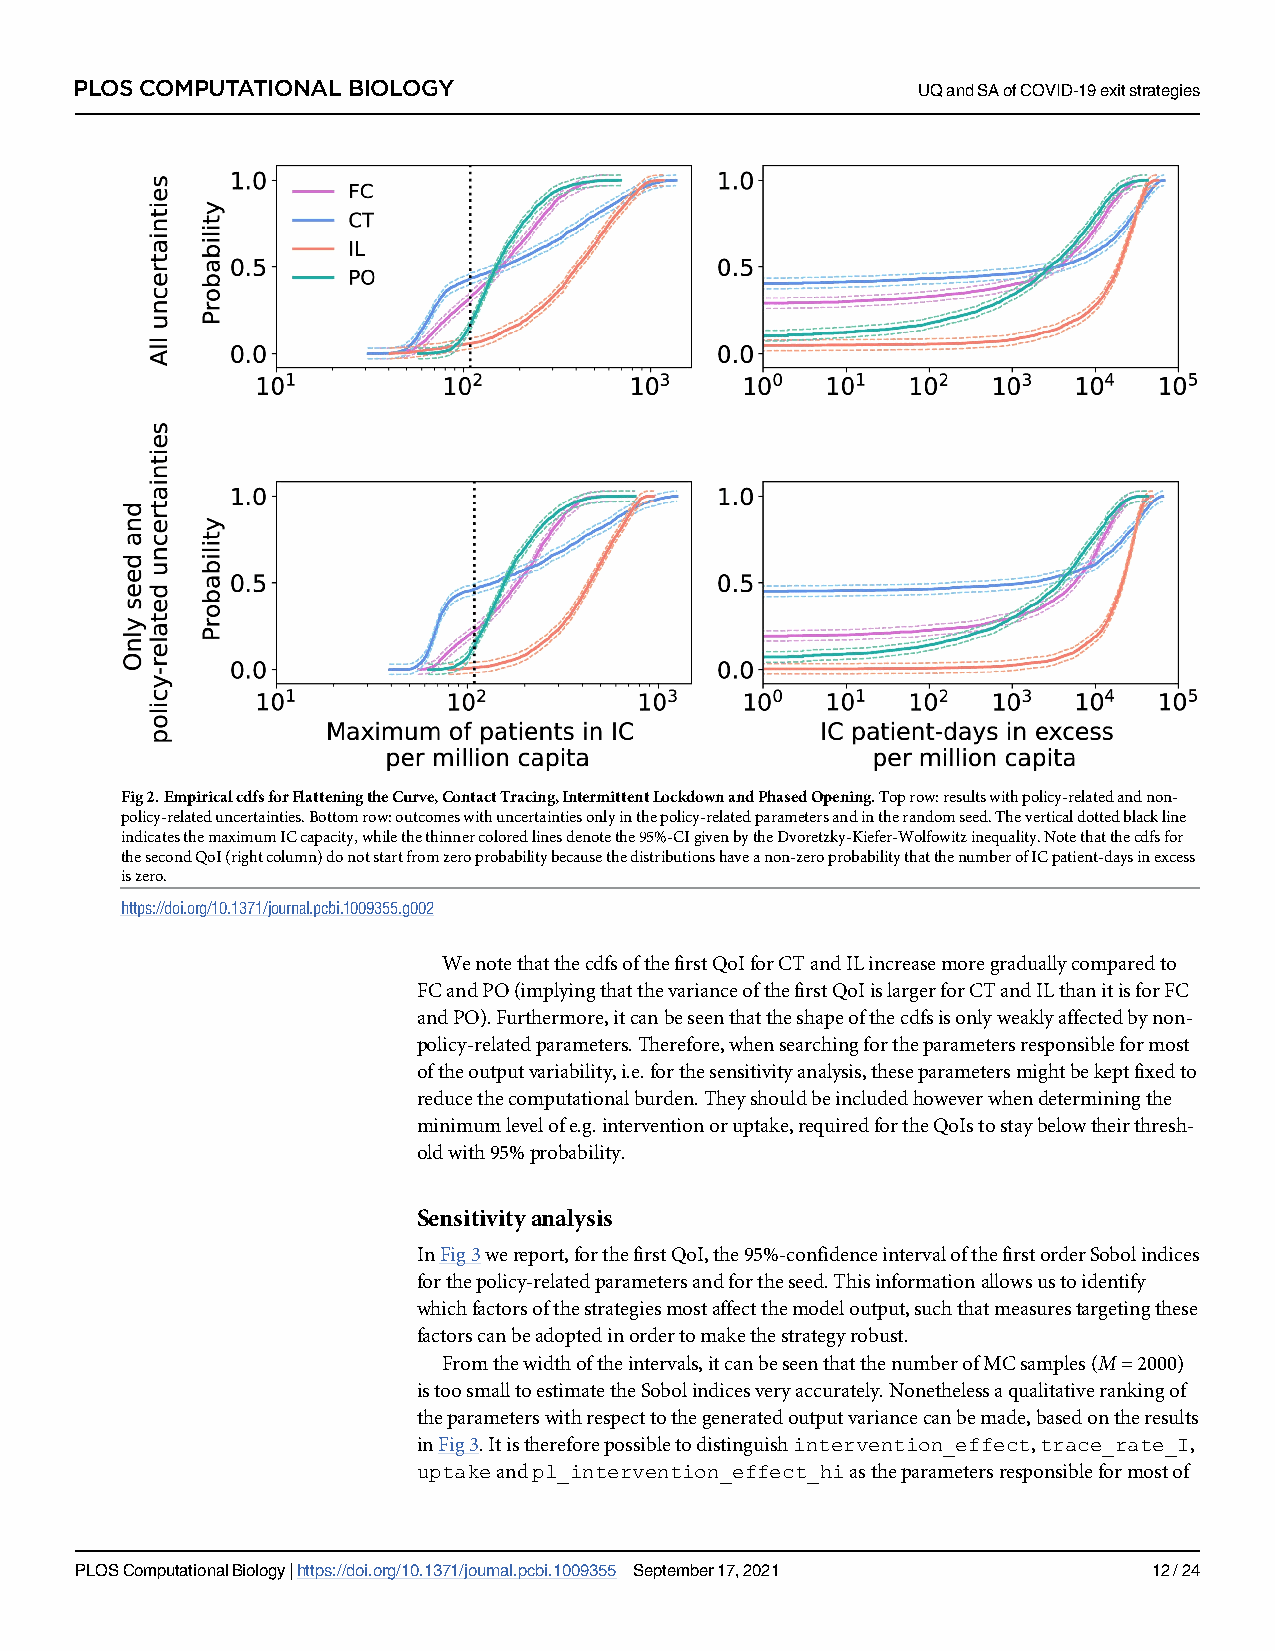
PLOS COMPUTATIONAL BIOLOGY                              UQandSAofCOVID-19exitstrategies
 Fig2.EmpiricalcdfsforFlatteningtheCurve,ContactTracing,IntermittentLockdownandPhasedOpening.Toprow:resultswithpolicy-relatedandnon-
 policy-relateduncertainties.Bottomrow:outcomeswithuncertaintiesonlyinthepolicy-relatedparametersandintherandomseed.Theverticaldottedblackline
 indicatesthemaximumICcapacity,whilethethinnercoloredlinesdenotethe95%-CIgivenbytheDvoretzky-Kiefer-Wolfowitzinequality.Notethatthecdfsfor
 thesecondQoI(rightcolumn)donotstartfromzeroprobabilitybecausethedistributionshaveanon-zeroprobabilitythatthenumberofICpatient-daysinexcess
 iszero.
 https://doi.org/10.1371/journal.pcbi.1009355.g002
 WenotethatthecdfsofthefirstQoIforCTandILincreasemoregraduallycomparedto
 FCandPO(implyingthatthevarianceofthefirstQoIislargerforCTandILthanitisforFC
 andPO).Furthermore,itcanbeseenthattheshapeofthecdfsisonlyweaklyaffectedbynon-
 policy-relatedparameters.Therefore,whensearchingfortheparametersresponsibleformost
 oftheoutputvariability,i.e.forthesensitivityanalysis,theseparametersmightbekeptfixedto
 reducethecomputationalburden.Theyshouldbeincludedhoweverwhendeterminingthe
 minimumlevelofe.g.interventionoruptake,requiredfortheQoIstostaybelowtheirthresh-
 oldwith95%probability.
 Sensitivityanalysis
 InFig3wereport,forthefirstQoI,the95%-confidenceintervalofthefirstorderSobolindices
 forthepolicy-relatedparametersandfortheseed.Thisinformationallowsustoidentify
 whichfactorsofthestrategiesmostaffectthemodeloutput,suchthatmeasurestargetingthese
 factorscanbeadoptedinordertomakethestrategyrobust.
 Fromthewidthoftheintervals,itcanbeseenthatthenumberofMCsamples(M=2000)
 istoosmalltoestimatetheSobolindicesveryaccurately.Nonethelessaqualitativerankingof
 theparameterswithrespecttothegeneratedoutputvariancecanbemade,basedontheresults
 inFig3.Itisthereforepossibletodistinguishintervention_effect,trace_rate_I,
 uptakeandpl_intervention_effect_hiastheparametersresponsibleformostof
 PLOSComputationalBiology|https://doi.org/10.1371/journal.pcbi.1009355 September17,2021 12/24